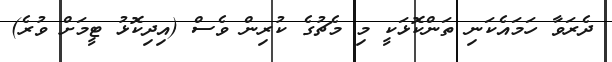
ދެރަވާ ހަމައެކަނި ތަންކޮޅަކީ މި މެޗުގެ ކުރިން ވެސް (އިދިކޮޅު ޓީމަށް ވުރެ)